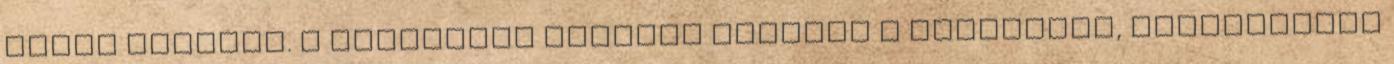
téren történt. A rendőrség azonnal lezárta a környéket, rohamkocsik